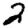
Digit: 2